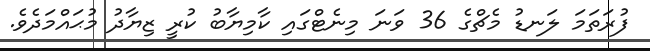
ފުރަތަމަ ލަނޑު މެޗްގެ 36 ވަނަ މިނެޓްގައި ކާމިޔާބު ކުރީ ޒިޔާދު މުޙައްމަދެވެ.